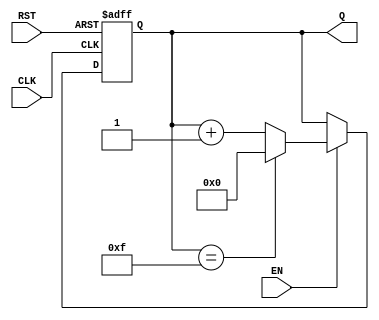
module async_counter (
    input wire CLK,        // Clock input
    input wire RST,        // Asynchronous reset
    input wire EN,         // Enable signal
    output reg [3:0] Q     // 4-bit counter output
);

    // Asynchronous counter logic
    always @(posedge CLK or posedge RST) begin
        if (RST) begin
            Q <= 4'b0000;  // Reset counter to 0
        end else if (EN) begin
            // Count logic
            if (Q == 4'b1111) begin
                Q <= 4'b0000;  // Roll over to 0
            end else begin
                Q <= Q + 1;    // Increment counter
            end
        end
    end

endmodule